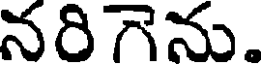
నరిగెను.